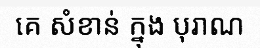
គេ សំខាន់ ក្នុង បុរាណ